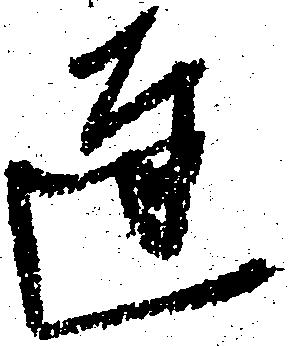
達